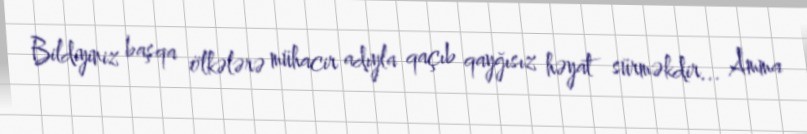
Bildiyiniz başqa ölkələrə mühacir adıyla qaçıb qayğısız həyat sürməkdir... Amma